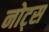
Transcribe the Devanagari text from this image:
नोट्‍स